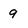
Character: 9